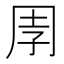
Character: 𭎈